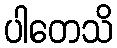
ပါတေသိ